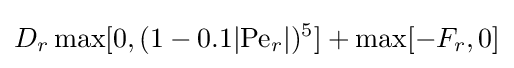
D_{r}\max[0,(1-0.1|{\text{Pe}}_{r}|)^{5}]+\max[-F_{r},0]